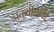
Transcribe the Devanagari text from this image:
चतुर्थीचीबी